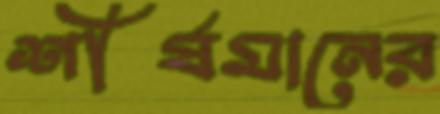
শীর্ষমানের